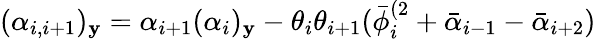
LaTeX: (\alpha_{i,i+1})_{\mathbf{y}}=\alpha_{i+1}(\alpha_{i})_{\mathbf{y}}-\theta_{i}\theta_{i+1}(\bar{{\phi}}_{i}^{(2}+\bar{{\alpha}}_{i-1}-\bar{{\alpha}}_{i+2})